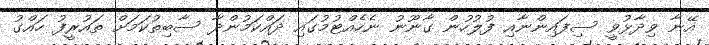
އޭނާ ވިދާޅުވީ ސިފައިންނާއި ފުލުހުން ގާނޫނު ނެހެއްޓުމުގައި ދައްކަމުންދާ ސާބިތުކަމަށް ތައުރީފު ހައްގު